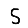
Digit: 5